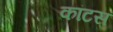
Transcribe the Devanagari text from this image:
कांटस